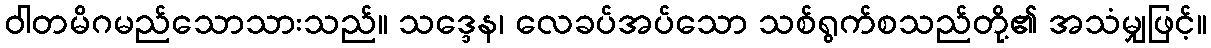
ဝါတမိဂမည်သောသားသည်။ သဒ္ဒေန၊ လေခပ်အပ်သော သစ်ရွက်စသည်တို့၏ အသံမျှဖြင့်။